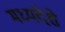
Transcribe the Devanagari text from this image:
मध्यदेशे